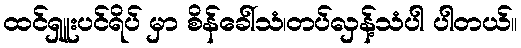
ထင်ရှူးပင်ရိပ် မှာ စိန်ခေါ်သံ၊တပ်လှန့်သံပါ ပါတယ်။